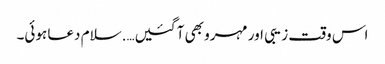
اس وقت زیبی اور مہرو بھی آ گئیں….سلام دعا ہوئی۔